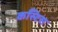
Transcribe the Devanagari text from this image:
कस्टिस